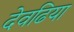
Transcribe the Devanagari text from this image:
देवढिया